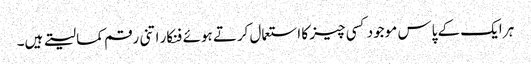
ہر ایک کے پاس موجود کسی چیز کا استعمال کرتے ہوئے فنکار اتنی رقم کما لیتے ہیں۔